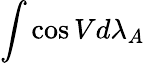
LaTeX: \int\cos Vd\lambda_{A}